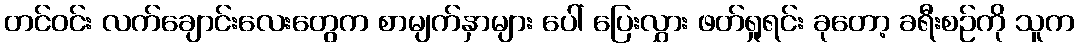
တင်ဝင်း လက်ချောင်းလေးတွေက စာမျက်နှာများ ပေါ် ပြေးလွှား ဖတ်ရှုရင်း ခုတော့ ခရီးစဉ်ကို သူက